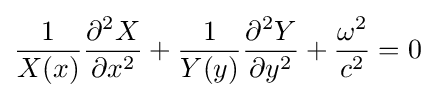
{\frac {1}{X(x)}}{\frac {\partial ^{2}X}{\partial x^{2}}}+{\frac {1}{Y(y)}}{\frac {\partial ^{2}Y}{\partial y^{2}}}+{\frac {\omega ^{2}}{c^{2}}}=0